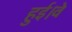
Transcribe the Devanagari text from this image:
हुई।वे